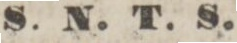
S. N. T. S.